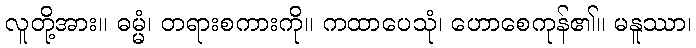
လူတို့အား။ ဓမ္မံ၊ တရားစကားကို။ ကထာပေသုံ၊ ဟောစေကုန်၏။ မနူဿာ၊